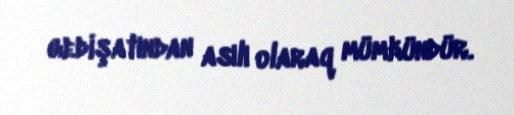
gedişatından asılı olaraq mümkündür.